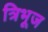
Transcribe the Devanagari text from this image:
त्रिभूज